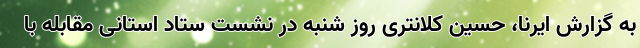
به گزارش ایرنا، حسین کلانتری روز شنبه در نشست ستاد استانی مقابله با